Malaria in the Punjab - Number 46
Disease focus: Malaria
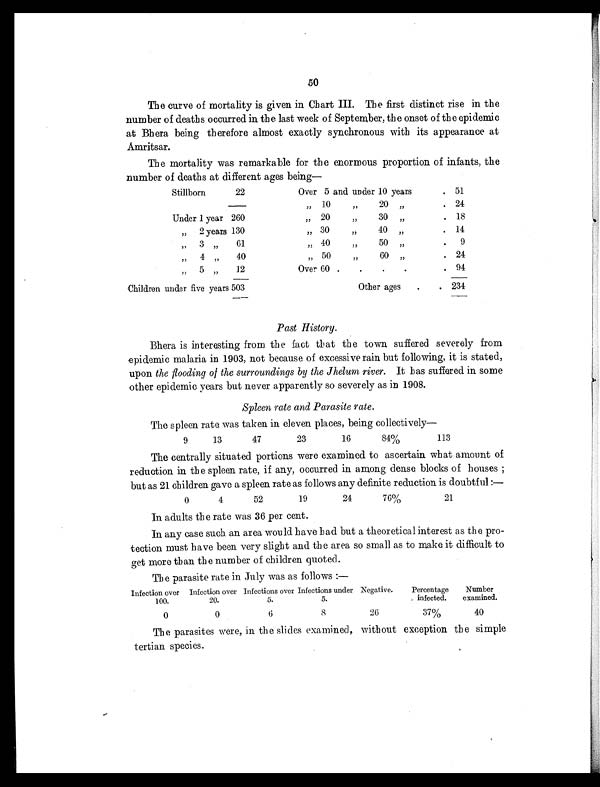
50
The curve of mortality is given in Chart III. The first distinct rise in the
number of deaths occurred in the last week of September, the onset of the epidemic
at Bhera being therefore almost exactly synchronous with its appearance at
Amritsar.
The mortality was remarkable for the enormous proportion of infants, the
number of deaths at different ages being—
Stillborn 22
Over 5 and under 10 years
. 51
„ 10 „ 20 „
. 24
Under 1 year 260
„ 20 „ 30 „
. 18
„ 2 years 130
„ 30 „ 40 „
. 14
„ 3 „ 61
„ 40 „ 50 „
. 9
„ 4 „ 40
„ 5 0 „ 6 0 „
. 24
„ 5 „ 12
Over 60 .
.
.
.
. 94
Children under five years 503
Other ages .
. 234
Past History.
Bhera is interesting from the fact that the town suffered severely from
epidemic malaria in 1903, not because of excessive rain but following, it is stated,
upon the flooding of the surroundings by the Jhelum river. It has suffered in some
other epidemic years but never apparently so severely as in 1908.
Spleen rate and Parasite rate.
The spleen rate was taken in eleven places, being collectively—
9
13
47
23
16
84%
113
The centrally situated portions were examined to ascertain what amount of
reduction in the spleen rate, if any, occurred in among dense blocks of houses ;
but as 21 children gave a spleen rate as follows any definite reduction is doubtful :—
0
4
52
19
24
76%
21
In adults the rate was 36 per cent.
In any case such an area would have had but a theoretical interest as the pro-
tection must have been very slight and the area so small as to make it difficult to
get more than the number of children quoted.
The parasite rate in July was as follows :—
Infection over
100.
Infection over
20.
Infections over
5.
Infections under
5.
Negative.
Percentage
infected.
Number
examined.
0
0
6
8
26
37%
40
The parasites were, in the slides examined, without exception the simple
tertian species.